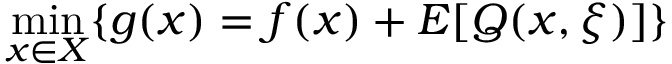
\operatorname* { m i n } _ { x \in X } \{ g ( x ) = f ( x ) + E [ Q ( x , \xi ) ] \}